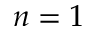
n = 1